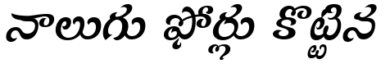
నాలుగు ఫోర్లు కొట్టిన